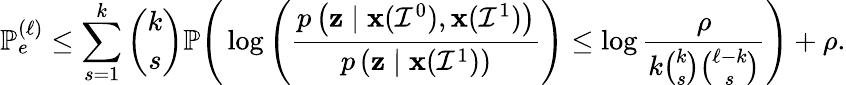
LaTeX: \mathbb{P}_{e}^{(\ell)}\leq\sum_{s=1}^{k}{\binom{k}{s}}\mathbb{P}\Bigg(\log\left(\frac{p\left(\textbf{z}\mid\textbf{x}(\mathcal{I}^{0}),\textbf{x}(\mathcal{I}^{1})\right)}{p\left(\textbf{z}\mid\textbf{x}(\mathcal{I}^{1})\right)}\right)\leq\log\frac{\rho}{k{\binom{k}{s}}{\binom{\ell-k}{s}}}\Bigg)+\rho.